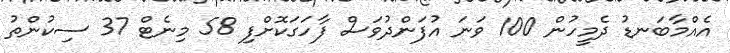
އެއްމާބަނޑު ދެމީހުން 100 ވަނަ އުފަންދުވަސް ފާހަގަކޮށްފި 58 މިނެޓް 37 ސިކުންތު